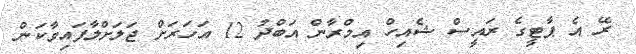
ރޭ އެ ޕާޓީގެ ރައީސް ޝެއިހް އިމްރާން އަބްދު 12 އަހަރަށް ޖަލަށްލާފައިވާކަން